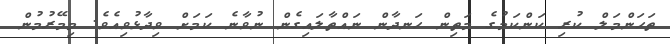
ތަހަންމަލް ކުރި ކަންކަމުގެ މަތިން ހަނދާން ނައްތާލައިގެން ނުވާނެ ކަމަށް ވިދާޅުވިއެވެ. މިމޭރުމުން